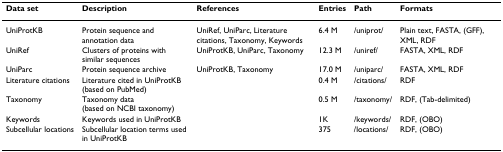
<table><thead><tr><td><b>Data set</b></td><td><b>Description</b></td><td><b>References</b></td><td><b>Entries</b></td><td><b>Path</b></td><td><b>Formats</b></td></tr></thead><tbody><tr><td>UniProtKB</td><td>Protein sequence and annotation data</td><td>UniRef, UniParc, Literature citations, Taxonomy, Keywords</td><td>6.4 M</td><td>/uniprot/</td><td>Plain text, FASTA, (GFF), XML, RDF</td></tr><tr><td>UniRef</td><td>Clusters of proteins with similar sequences</td><td>UniProtKB, UniParc, Taxonomy</td><td>12.3 M</td><td>/uniref/</td><td>FASTA, XML, RDF</td></tr><tr><td>UniParc</td><td>Protein sequence archive</td><td>UniProtKB, Taxonomy</td><td>17.0 M</td><td>/uniparc/</td><td>FASTA, XML, RDF</td></tr><tr><td>Literature citations</td><td>Literature cited in UniProtKB (based on PubMed)</td><td>[EMPTY_CELL]</td><td>0.4 M</td><td>/citations/</td><td>RDF</td></tr><tr><td>Taxonomy</td><td>Taxonomy data (based on NCBI taxonomy)</td><td>[EMPTY_CELL]</td><td>0.5 M</td><td>/taxonomy/</td><td>RDF, (Tab-delimited)</td></tr><tr><td>Keywords</td><td>Keywords used in UniProtKB</td><td>[EMPTY_CELL]</td><td>1K</td><td>/keywords/</td><td>RDF, (OBO)</td></tr><tr><td>Subcellular locations</td><td>Subcellular location terms used in UniProtKB</td><td>[EMPTY_CELL]</td><td>375</td><td>/locations/</td><td>RDF, (OBO)</td></tr></tbody></table>